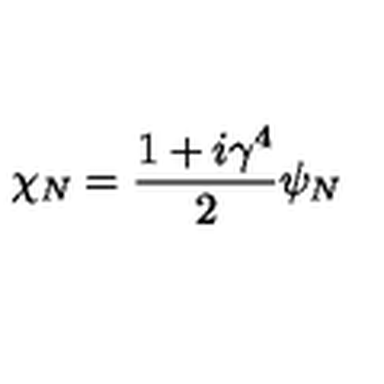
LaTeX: \chi _ { N } = \frac { 1 + i \gamma ^ { 4 } } { 2 } \psi _ { N }